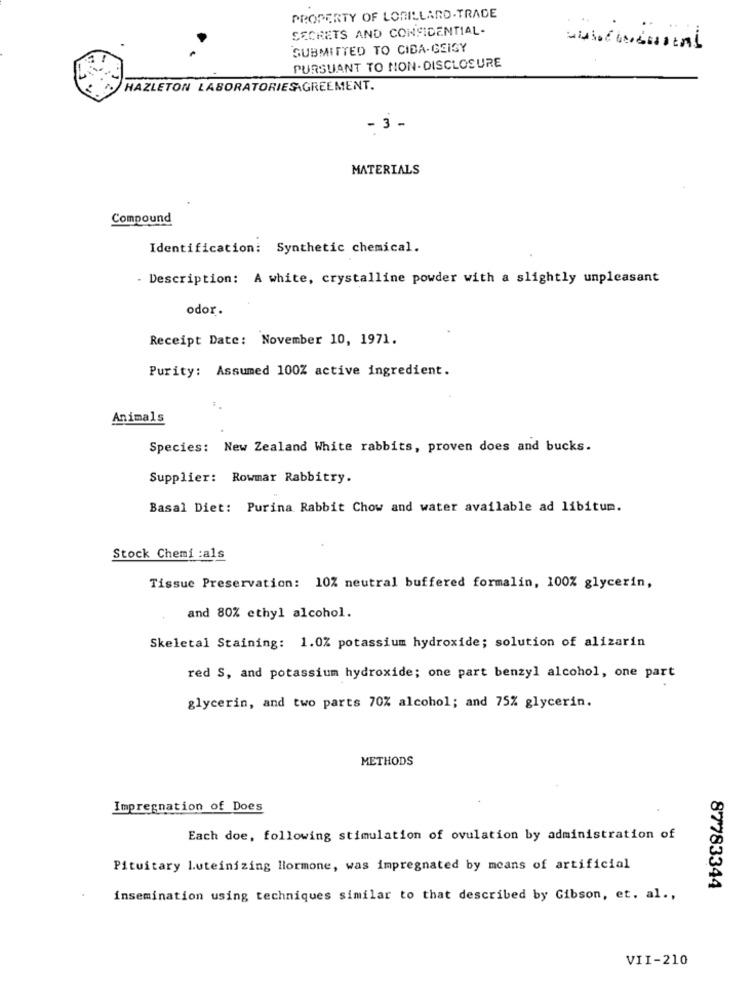
PROPERTY OF LORILLARD.TRADE
SECRETS AND CONFIDENTIAL-
SUBMITTED TO CIDA-GEIGY
PURSUANT TO NON-DISCLOSURE
HAZLETON LABORATORIESAGREEMENT.
- 3 -
MATERIALS
Compound
Identification: Synthetic chemical.
- Description: A white, crystalline powder with a slightly unpleasant
odor.
Receipt Date: November 10, 1971.
Purity: Assumed 100Z active ingredient.
Animals
Species: New Zealand White rabbits, proven does and bucks.
Supplier: Rowmar Rabbitry.
Basal Diet: Purina Rabbit Chow and water available ad libitum.
Stock Chemi :als
Tissue Preservation: 10% neutral buffered formalin, 100% glycerin,
and 80% ethyl alcohol.
Skeletal Staining: 1.0% potassium hydroxide; solution of alizarin
red S, and potassium hydroxide; one part benzyl alcohol, one part
glycerin, and two parts 70% alcohol; and 75% glycerin.
METHODS
Impregnation of Does
Each doe, following stimulation of ovulation by administration of
Pituitary Luteinizing Hormone, was impregnated by means of artificial
87783344
insemination using techniques similar to that described by Gibson, et. al .,
VII-210